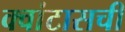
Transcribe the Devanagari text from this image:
क्वांटासची